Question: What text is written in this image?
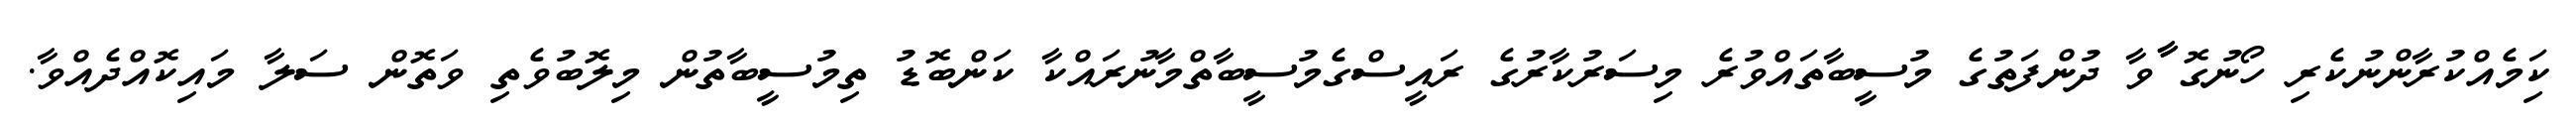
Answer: ކިަމެއްކުރާންނުކެރި ހޯނުގޮ ާާވާ ދުންފަތުގެ މުސީބާތައްވުރެ މިސަރުކާރުގެ ރައީސްގެމުސީބާތްމާނުރައްކާ ކަންބޮޑު ތިމުސީބާތުން މިލޮބުވެތި ވަތޮން ސަލާ މައިކޮއްދެއްވާ.